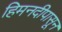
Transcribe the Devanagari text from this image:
हिमनदीपासून